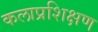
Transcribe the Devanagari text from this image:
कलाप्रशिक्षण